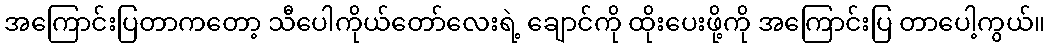
အကြောင်းပြတာကတော့ သီပေါကိုယ်တော်လေးရဲ့ ချောင်ကို ထိုးပေးဖို့ကို အကြောင်းပြ တာပေါ့ကွယ်။